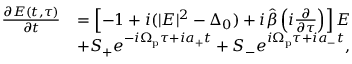
\begin{array} { r l } { \frac { \partial E ( t , \tau ) } { \partial t } } & { = \left[ - 1 + i ( | E | ^ { 2 } - \Delta _ { 0 } ) + i \hat { \beta } \left( i \frac { \partial } { \partial \tau } \right) \right] E } \\ & { + S _ { + } e ^ { - i \Omega _ { \mathrm { p } } \tau + i a _ { + } t } + S _ { - } e ^ { i \Omega _ { \mathrm { p } } \tau + i a _ { - } t } , } \end{array}